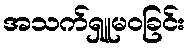
အသက်ရှူမဝခြင်း